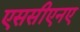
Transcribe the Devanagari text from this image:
एससीएनए